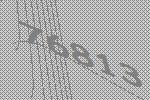
76813